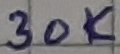
Text: 30K